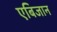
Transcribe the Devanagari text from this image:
एबिजान